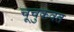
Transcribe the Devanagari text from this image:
चूचुकवत